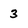
Character: 3